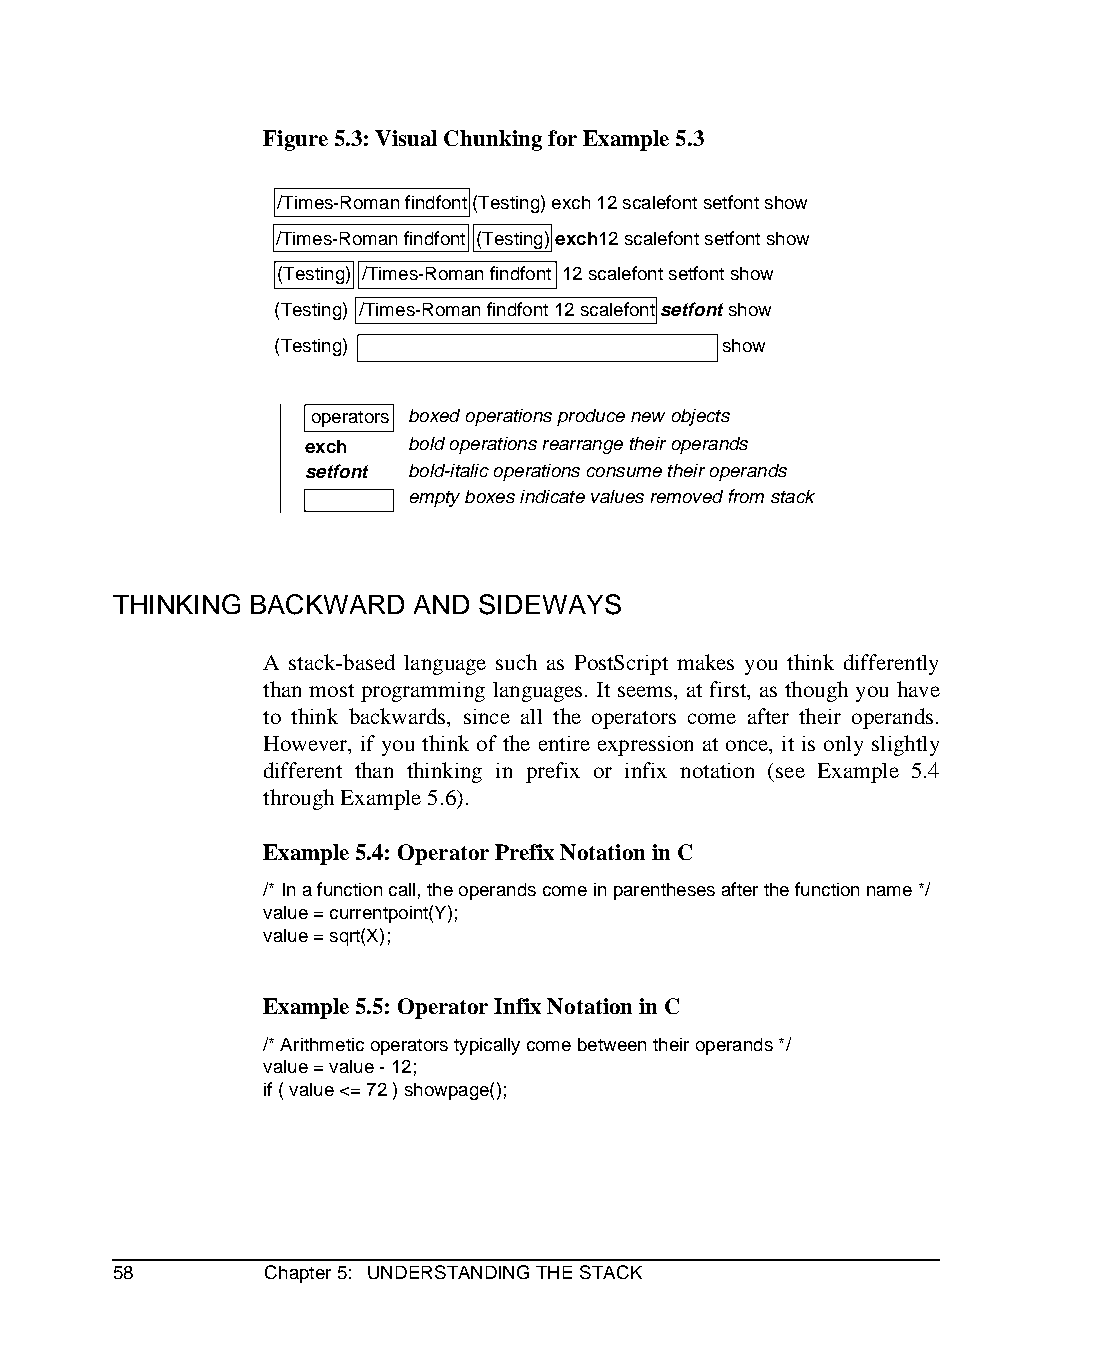
Figure 5.3: Visual Chunking for Example 5.3
 /Times-Roman findfont (Testing) exch 12 scalefont setfont show
 /Times-Roman findfont (Testing) exch12 scalefont setfont show
 (Testing) /Times-Roman findfont 12 scalefont setfont show
 (Testing) /Times-Roman findfont 12 scalefont setfont show
 (Testing) /Times-Roman findfont 12 scalefont setfont show
 operators boxed operations produce new objects
 exch   bold operations rearrange their operands
 setfont bold-italic operations consume their operands
 empty boxes indicate values removed from stack
 THINKING BACKWARD   AND SIDEWAYS
 A stack-based language such as PostScript makes you think differently
 than most programming languages. It seems, at first, as though you have
 to think backwards, since all the operators come after their operands.
 However, if you think of the entire expression at once, it is only slightly
 different than thinking in prefix or infix notation (see Example 5.4
 through Example 5.6).
 Example 5.4: Operator Prefix Notation in C
 /* In a function call, the operands come in parentheses after the function name */
 value = currentpoint(Y);
 value = sqrt(X);
 Example 5.5: Operator Infix Notation in C
 /* Arithmetic operators typically come between their operands */
 value = value - 12;
 if ( value <= 72 ) showpage();
 58        Chapter 5: UNDERSTANDING THE STACK